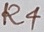
Text: R4